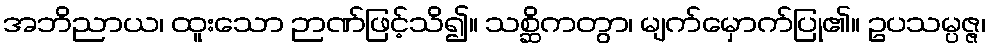
အဘိညာယ၊ ထူးသော ဉာဏ်ဖြင့်သိ၍။ သစ္ဆိကတွာ၊ မျက်မှောက်ပြု၏။ ဥပသမ္ပဇ္ဇ၊